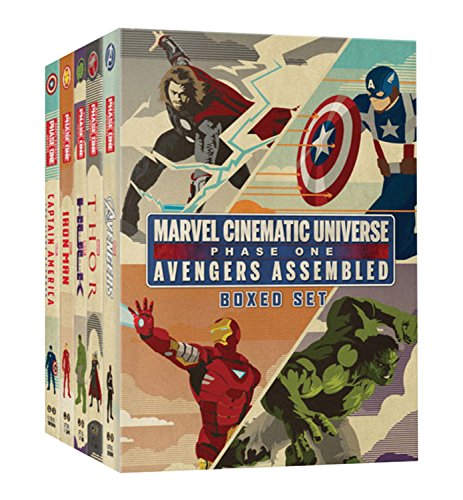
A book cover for Marvel Cinematic Universe: Phase One Book Boxed Set: Avengers Assembled; Alex Irvine; Children's Books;